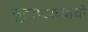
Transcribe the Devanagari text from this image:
सुद्राष्टाध्यायी